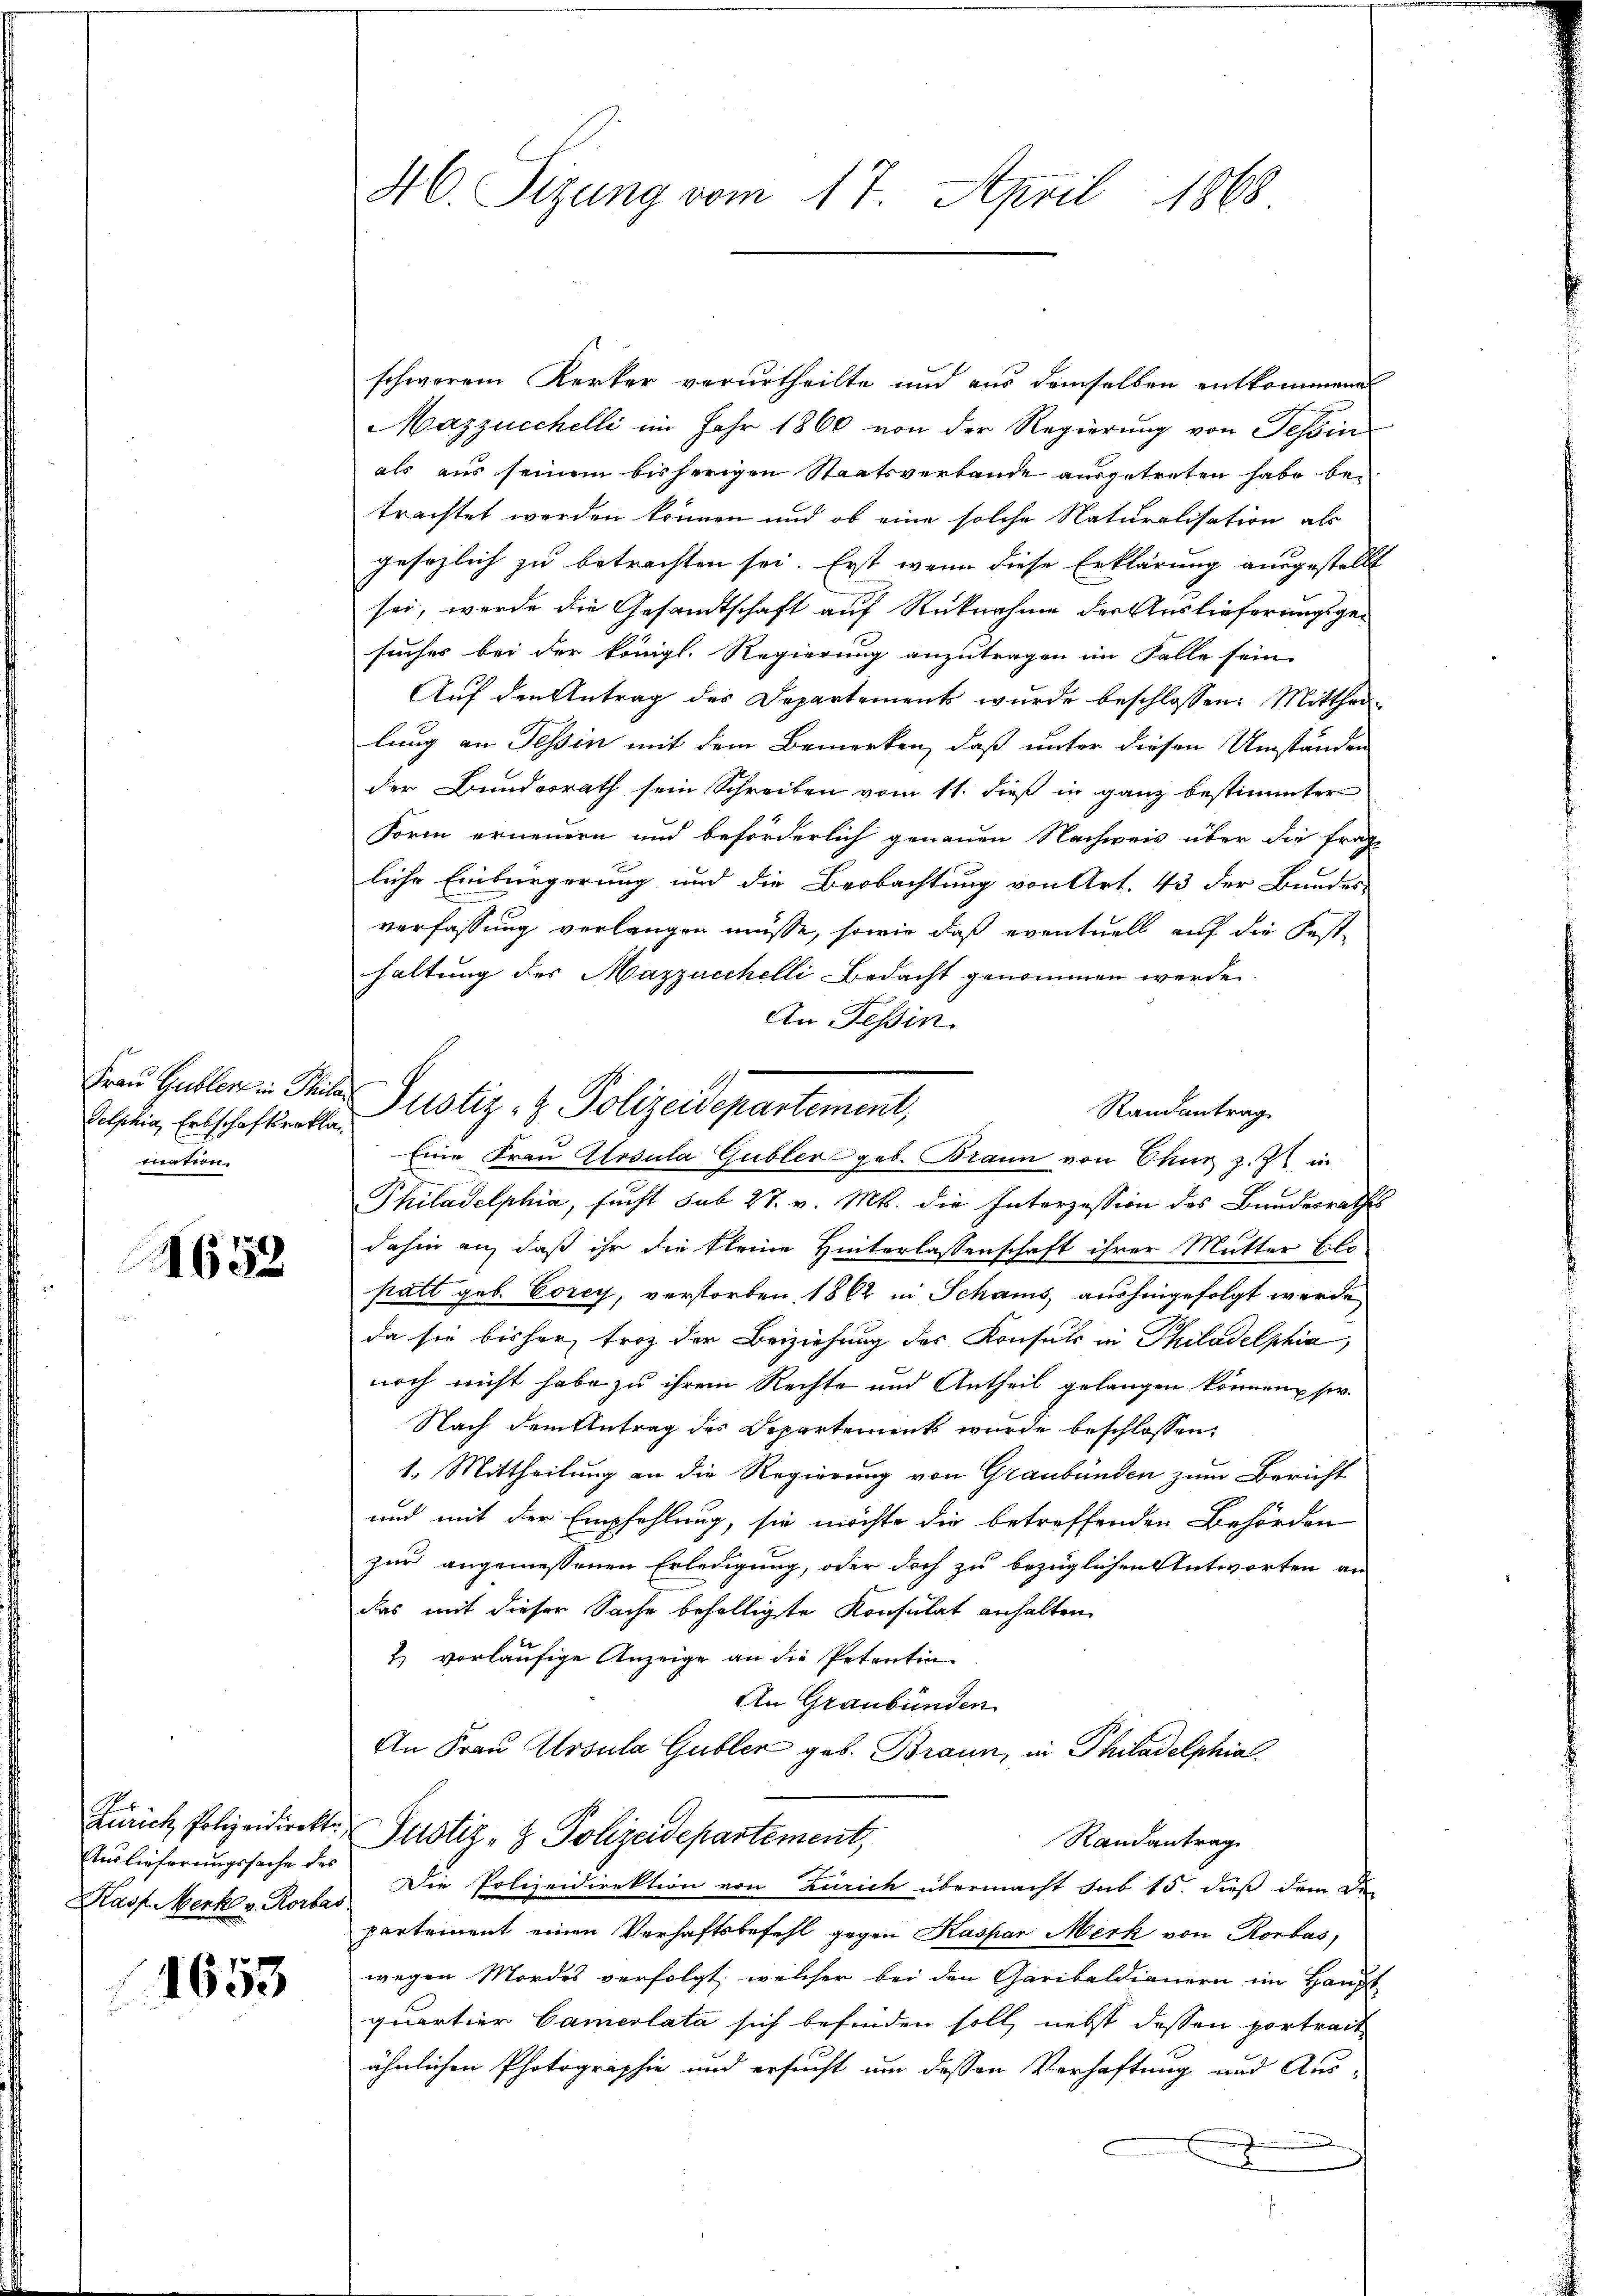
Selphia, Erbschaftsrekla
mation.

1652

Zürich Polizeidirekti
Auslieferungssache des
Hasf Merk v. Rorbar

1653

46. Sizung vom 17. April 1868

Frau Haller in Pater Justiz- & Polizeidepartement,

schwerem Kerker verurtheilte und aus demselben entkommene
Mazzucchelli im Jahr 1860 von der Regierung von Tessin
als aus seinem bisherigen Staatsverbande ausgetreten habe bei
trachtet werden können und ob eine solche Naturalisation als
gesezlich zu betrachten sei. Erst wenn diese Erklärung ausgestellt
sei, werde die Gesandtschaft auf Rücknahme der Auslieferungsgesuches bei der königl. Regierung anzutragen im Falle sein.
Aŭf den Antrag des Departements wurde beschlossen: Mittheilung an Tessin mit dem Bemerken, daß unter diesen Umständen
der Bundesrath sein Schreiben vom 11. dieß in ganz bestimmter
Form erneuern und beförderlich genauen Nachweis über die frag-
liche Einbürgerung und die Beobachtung von Art. 43 der Bundes-
verfassung verlangen müsse, sowie daß eventuell auf die Fest-
haltung des Mazzucchelli Bedacht genommen werde.
An Tessin.
Randantrag
Eine Frau tosula Gubler geb. Braun von Chur z. Z. in
Philadelphia, sucht sub 27. v. Mts. die Interzession des Bundesrathes
dahin an, daß ihr die kleine Hinterlassenschaft ihrer Mutter blo
patt geb. Eorey, verstorben 1862 in Schams aushingefolgt werde
da sie bisher froh der Beiziehung des Konsuls in Philadelphia
noch nicht habe zu ihrem Rechte und Antheil gelangen können so.
Nach dem Antrag des Departements wurde beschlossen,
1. Mittheilung an die Regierung von Graubünden zum Bericht
und mit der Empfehlung, sie möchte die betreffenden Behörden
zur angemessenen Erledigung, oder doch zu bezüglichen Antworten an
das mit dieser Sache befölligte Konsulat anhalten
2) vorläufige Anzeige an die Petentin
An Graubünden
An Frau Ursula Gubler geb. Braun, in Philadelphial¬
Justiz- & Polizeidepartement,
Randantrag
Die Polizeidirektion von Zürich übermacht sub 15. dieß dem De-
partement einen Verhaftsbefehl gegen Kaspar Merk von Rorbas,
wegen Mordes verfolgt, welcher bei den Garibaldianern im Haupt-
quartier Cameolata sich befinden soll, nebst dessen vortrait
ähnlichen Photographie und ersucht um dessen Verhaftung und Aus-
2